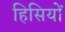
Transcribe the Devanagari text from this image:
हिसियों